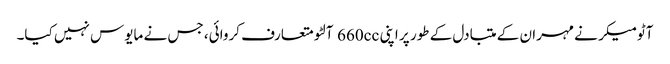
آٹومیکر نے مہران کے متبادل کے طور پر اپنی 660cc آلٹو متعارف کروائی، جس نے مایوس نہیں کیا۔